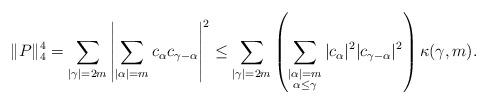
LaTeX: \begin{align*}\|P\|_{4}^{4} = \sum_{|\gamma| = 2m}{\left| \sum_{|\alpha|=m}{c_{\alpha}c_{\gamma - \alpha}} \right|^{2}}\leq \sum_{|\gamma|=2m}{\left( \sum_{\substack{|\alpha|=m \\ \alpha \leq \gamma}}{|c_{\alpha}|^{2} |c_{\gamma - \alpha}|^{2}} \right) \kappa(\gamma,m)}.\end{align*}